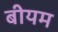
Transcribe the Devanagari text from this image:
बीयम